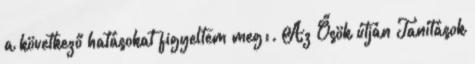
a következő hatásokat figyeltem meg:. Az Ősök útján Tanítások